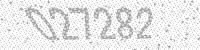
Solution: 027282